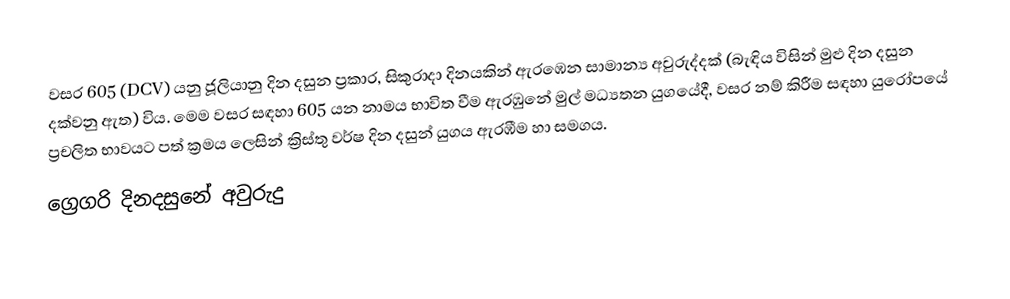
වසර  605 (DCV) යනු ජූලියානු දින දසුන ප්‍රකාර,   සිකුරාදා දිනයකින් ඇරඹෙන සාමාන්‍ය අවුරුද්දක් (බැඳිය විසින් මුළු දින දසුන දක්වනු ඇත) විය. මෙම වසර සඳහා 605 යන නාමය භාවිත වීම ඇරඹුනේ මුල් මධ්‍යතන යුගයේදී, වසර නම් කිරීම සඳහා යුරෝපයේ ප්‍රචලිත භාවයට පත් ක්‍රමය ලෙසින් ක්‍රිස්තු වර්ෂ දින දසුන් යුගය ඇරඹීම හා සමගය.
ග්‍රෙගරි දිනදසුනේ අවුරුදු